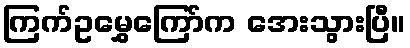
ကြက်ဥမွှေကြော်က အေးသွားပြီ။